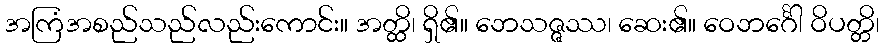
အကြံအစည်သည်လည်းကောင်း။ အတ္ထိ၊ ရှိ၏။ ဘေသဇ္ဇဿ၊ ဆေး၏။ ဝေဘင်္ဂေါ ဝိပတ္တိ၊